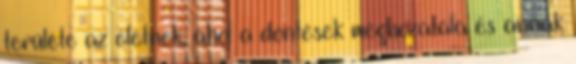
területe az életnek, ahol a döntések meghozatala és annak